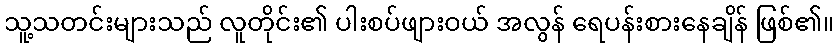
သူ့သတင်းများသည် လူတိုင်း၏ ပါးစပ်ဖျားဝယ် အလွန် ရေပန်းစားနေချိန် ဖြစ်၏။